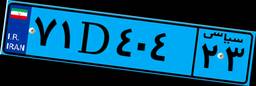
۲۵D۷۶۱۵۲